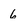
Character: 6